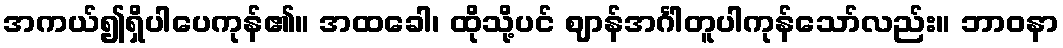
အကယ်၍ရှိပါပေကုန်၏။ အထခေါ၊ ထိုသို့ပင် ဈာန်အင်္ဂါတူပါကုန်သော်လည်း။ ဘာဝနာ